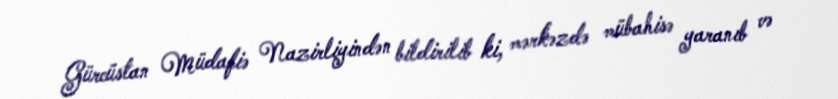
Gürcüstan Müdafiə Nazirliyindən bildirilib ki, mərkəzdə mübahisə yaranıb və